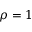
\rho = 1